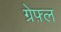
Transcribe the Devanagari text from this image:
ग्रेफ़्ल